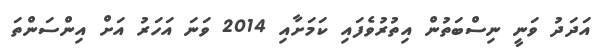
އަދަދު ވަނީ ނިސްބަތުން އިތުރުވެފައި ކަމަށާއި 2014 ވަނަ އަހަރު އަށް އިންސަންތަ